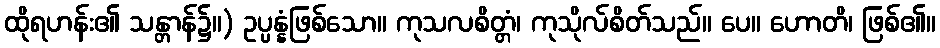
ထိုရဟန်း၏ သန္တာန်၌။) ဥပ္ပန္နံဖြစ်သော။ ကုသလစိတ္တံ၊ ကုသိုလ်စိတ်သည်။ ပေ။ ဟောတိ၊ ဖြစ်၏။